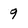
Character: 9